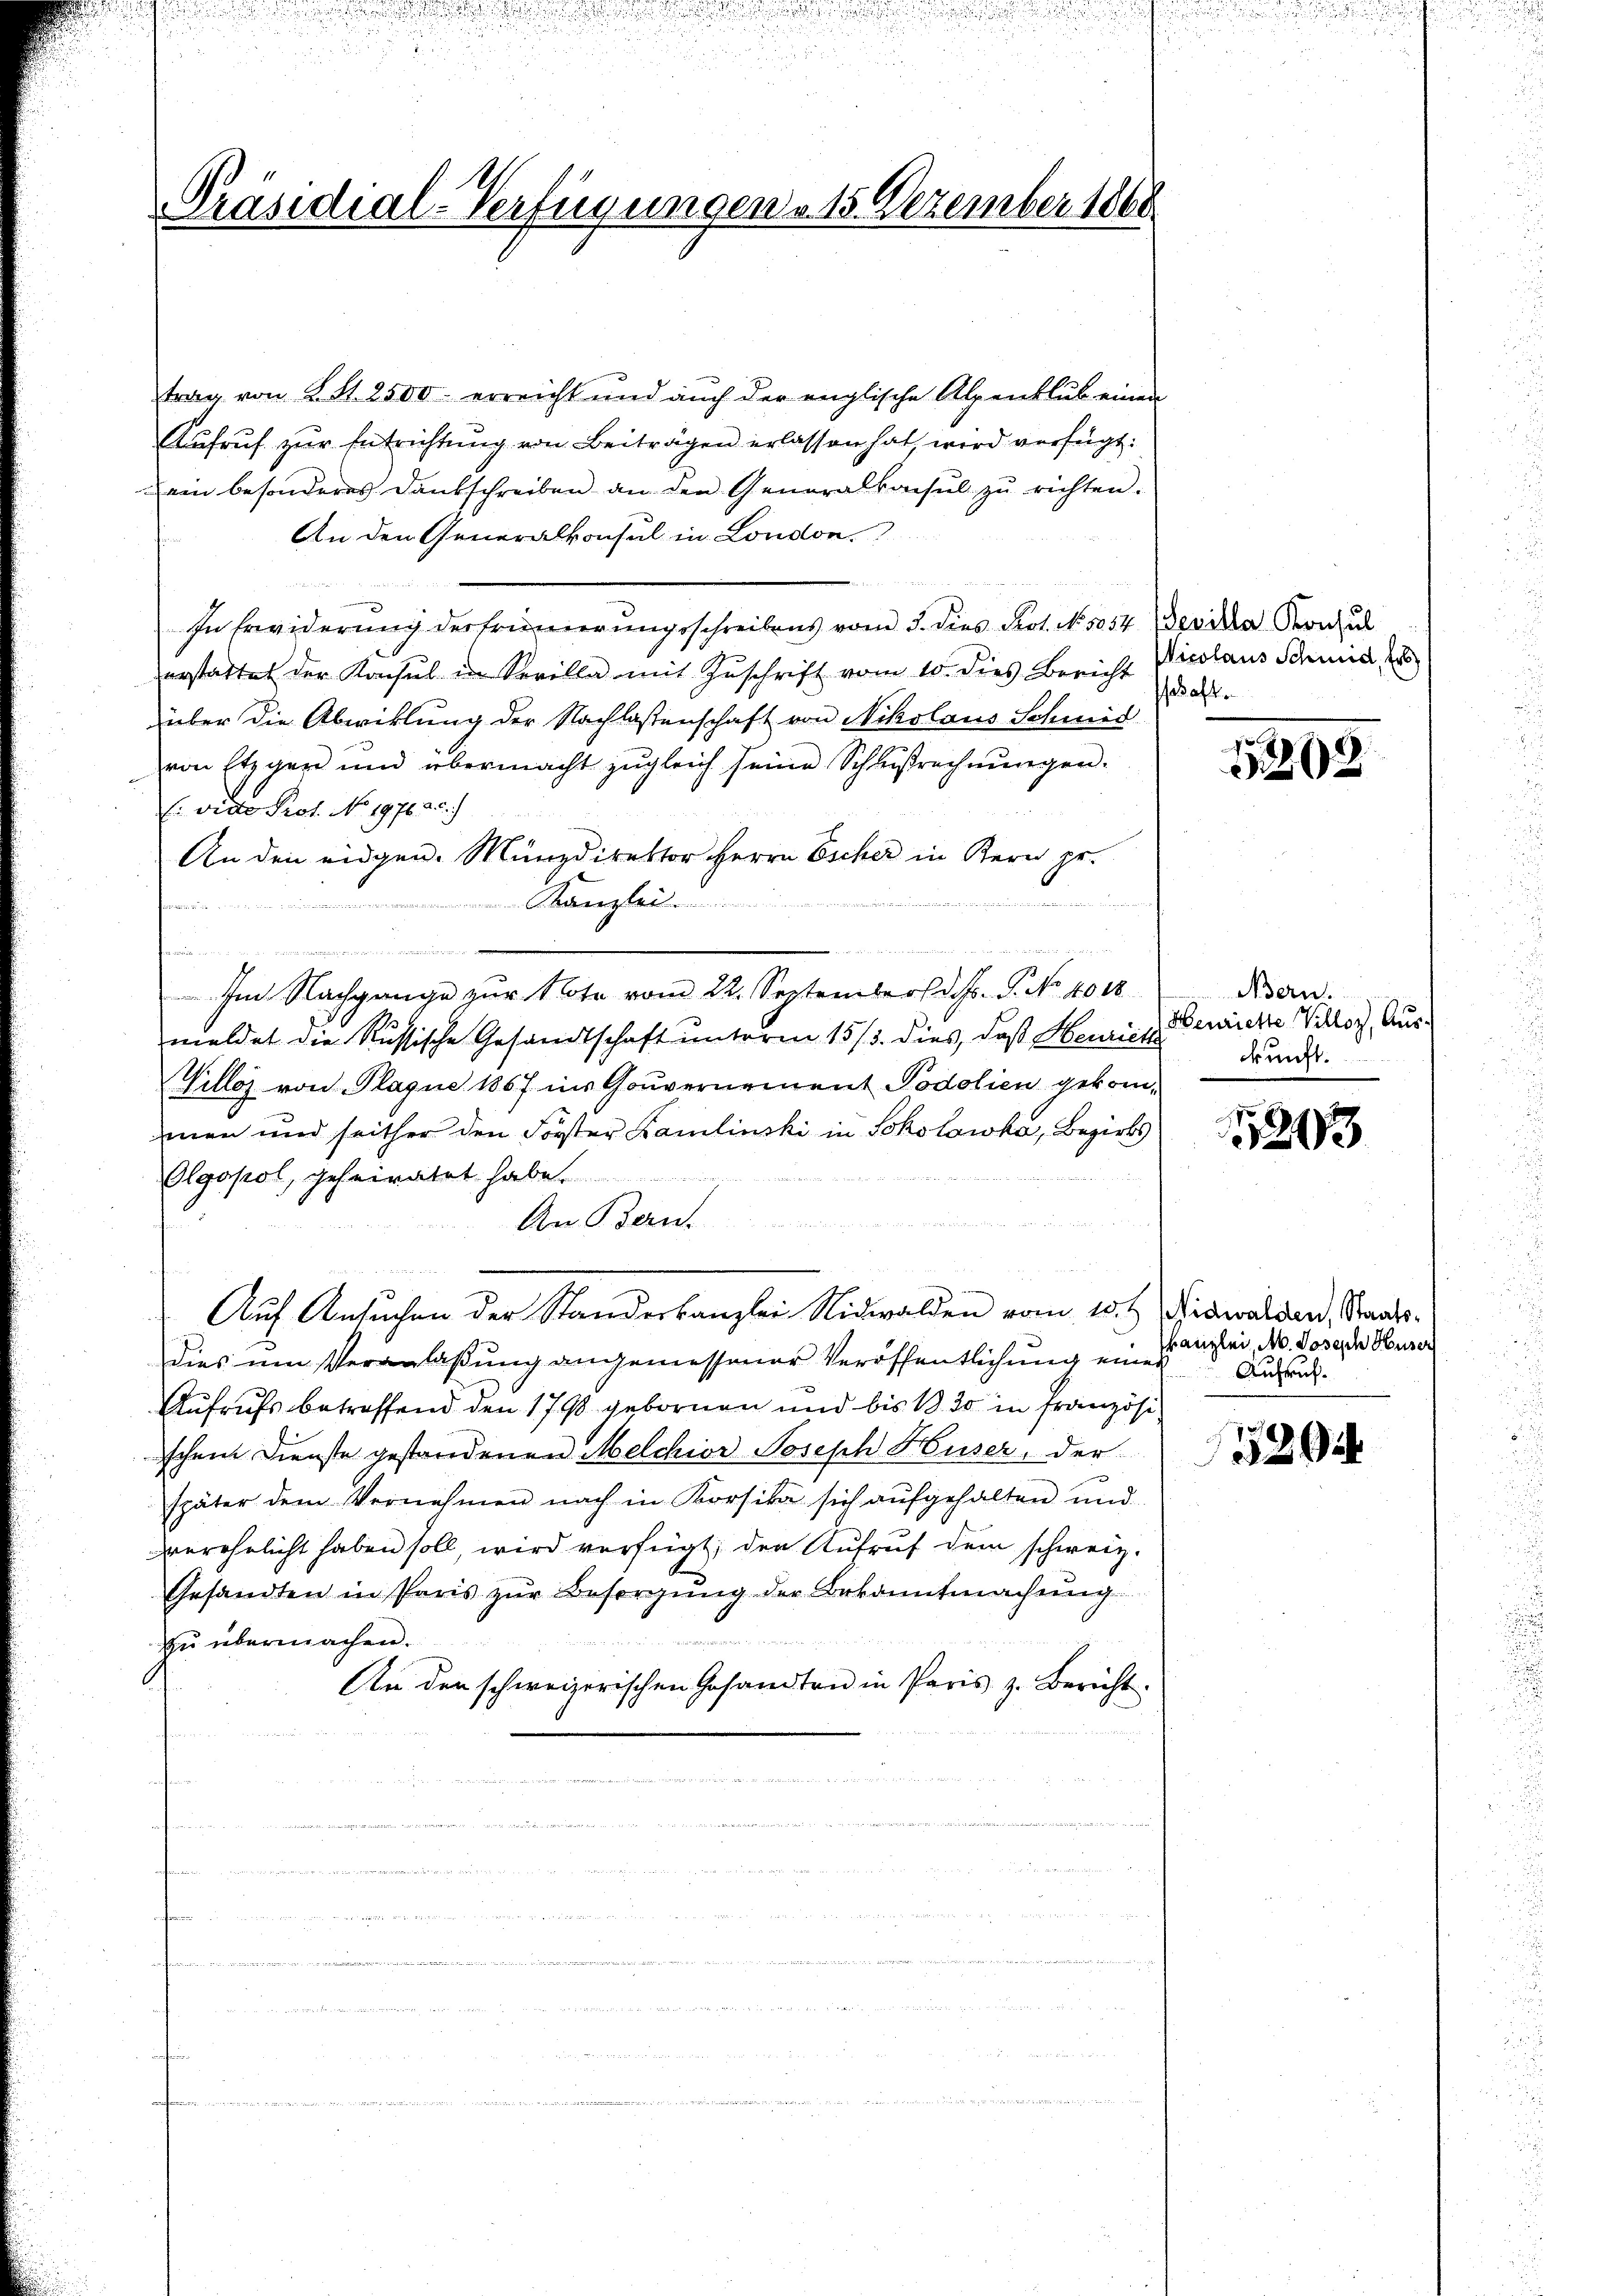
Präsidial-Verfügungen v. 15. Dezember 1860

trag von K. S. 2500. erreicht und auch der englische Alpenblub einen
Aufruf zur Entrichtung von Beiträgen erlassen hat, wird verfügt:
ein besonderes Dankschreiben an den Generalkansŭl zŭ richten.
An den Generalkonsul in London.
In Erwiderung der Erinnerungsschreibens vom 3. dies Prot. No. 5054 Beville Konsul
erstattet der Konsul in Serilla mit Zuschrift vom 10. dies Bericht
über die Abwicklung der Nachlassenschaft von Nikolaus Schmied
von Etzger und übermacht zŭgleich seine Schlŭβrechnŭngen.
E vide Prot. No. 1976. 2)
An den eidgen. Münzdirektor Herrn Escher in Kern pr.
Kanzlei

disoris einer

.
Im Nachgange zŭr Note vom 22. September d. Js. P. No 1018
mieldet die Russische Gesandtschaft unterm 15 /3. dies, daß Henrich
Villos von Plagne 1867 ins Gouvernement Podolien gekommen und seither den Forster Kamlinski in Scholowka, Bezirks
Olgopol, geheiratet habe.
m
An Bern.
Auf Ansuchen der Standeskanzlei Nidwalden vom 10.t Nidwalden, Staatsdies um Veranlaßung angemessener Veröffentlichung einen
Aufrufs betreffend den 1798 gebornen und bis 1830 in französischen Dienste gestordenen Melchior Joseph Huser, der
später dem Vernehmen nach in Korsika sich aŭfgehalten und
verehelicht haben soll, wird verfügt, der Aufruf dem schweiz.
Gesandten in Paris zŭr Besorgŭng der Bekanntmachŭng
de
zu übermachen.
An den schweizerischen Gesandten in Paris z. Bericht.

Nicolaus Schuld, Ers
schaft.

1208

Bern.
Henriette Villoz, Auskunft.

1243

Kanzlei, M. Joseph Huser
Aufruch.

5204